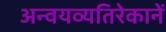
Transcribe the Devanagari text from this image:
अन्वयव्यतिरेकानें